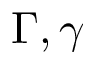
\Gamma , \gamma